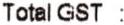
TOTAL GST :